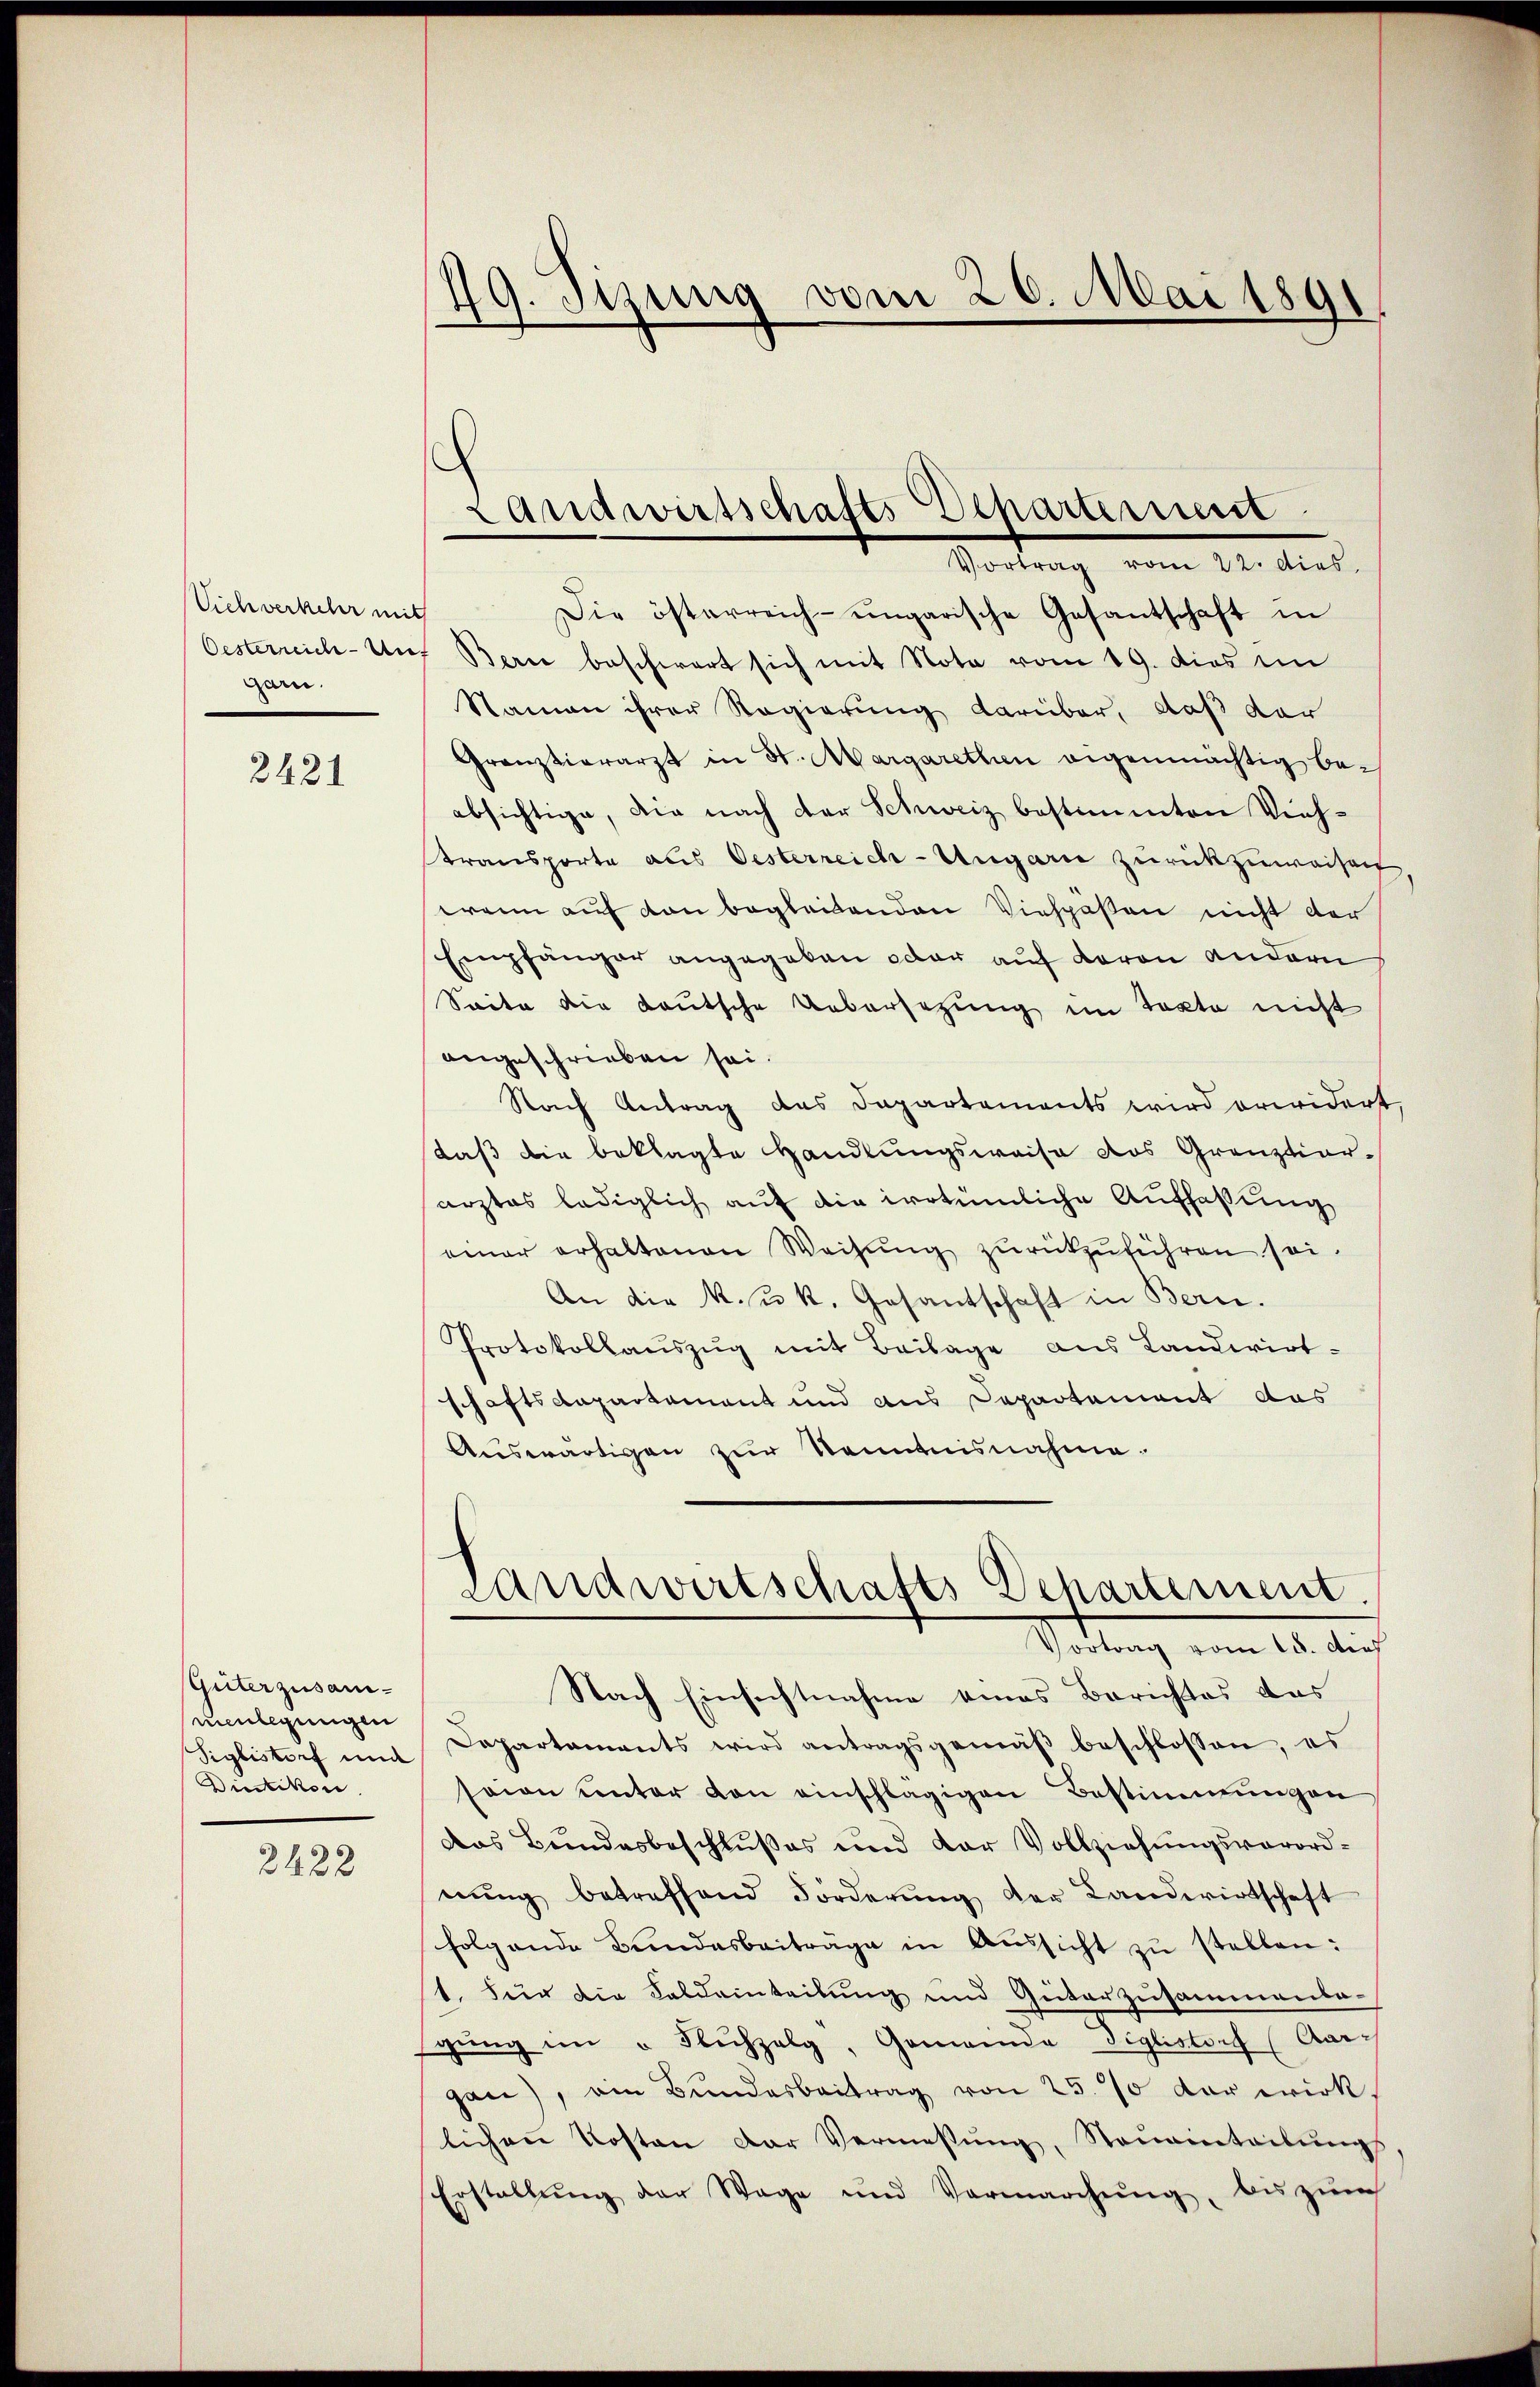
Vichverkehr mit
garn.

2421

Güterzusammenlegungen
Siglistorf und
Dietikon

2422

49. Jung vom 20. Mai 1891

Landwirtschafts-Departemest
Vortrag vom 22. dies

Die österreich-ungarische Gesantschaft in
Oesterreich-Uns Berne beschwert sich mit Note vom 19. dies im
Namen ihrer Regierung darüber, daß der
Granztierarzt in St. Margarethen eigenmächtig be-
absichtige, die nach der Schweiz bestimmten Viehstransporte aus Oesterreich-Ungarn zurückzuweisen,
wann auf von begleitenden Viehpäßen nicht der
Empfänger angegeben oder auf davon andern
Saite die Lautsche Uebersetzung im Texte nicht
angeschrieben sei.
Nach Antrag des Departements wird erwidert
daβ die beklagte Handlungsweise das Grenztiararztes lediglich auf die irrtümliche Auffassung
einer erhaltenen Weisŭng zŭrückzŭführen sei.
An die k. u. k. Gesantschaft in Bern.
Protokollaŭszŭg mit Beilage aus Landwirt-
schaftsdepartement und aus Departement das
Auswärtigen zur Kenntnisnahme.

Dapartaments wird antragsgemäβ beschlossen, es
sion unter von einschlägigen Bestimmungen
Das Bundesbeschlußes und der Vollziehungsverordnŭng betreffend Förderŭng der Landwirtschaft
folgende Bundesbeiträge in Aŭssicht zu stellen:
1. Für die Feldeinteilung und Güterzusammenbagŭng im " Fluchzelg, Gemeinda Siglistorf (Aar-
gan), ein Bundesbeitrag von 25. 70 der wirk
lichen Kosten der Vermessŭng, Steŭeinteilŭngs
Erstellŭng der Wage und Vermarchŭng bis zŭm

Landwirtschafts Departement.
Vortrag vom 18. Aus
Nach Einsichtnahme eines Berichtes das